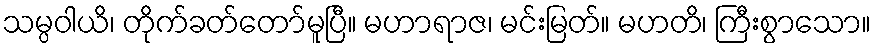
သမ္ပဝါယိ၊ တိုက်ခတ်တော်မူပြီ။ မဟာရာဇ၊ မင်းမြတ်။ မဟတိ၊ ကြီးစွာသော။